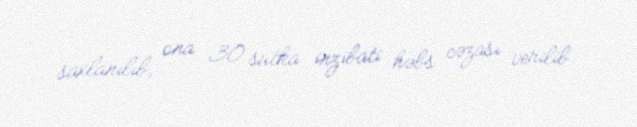
saxlanılıb, ona 30 sutka inzibati həbs cəzası verilib.